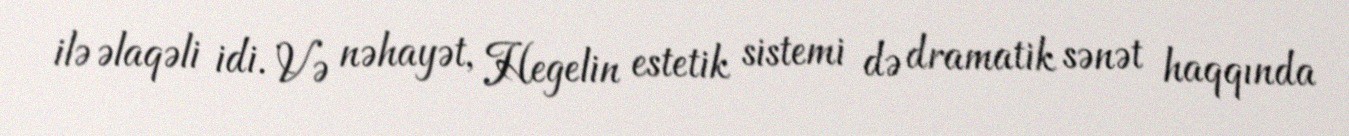
ilə əlaqəli idi. Və nəhayət, Hegelin estetik sistemi də dramatik sənət haqqında